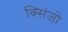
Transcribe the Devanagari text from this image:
क्सिंजो